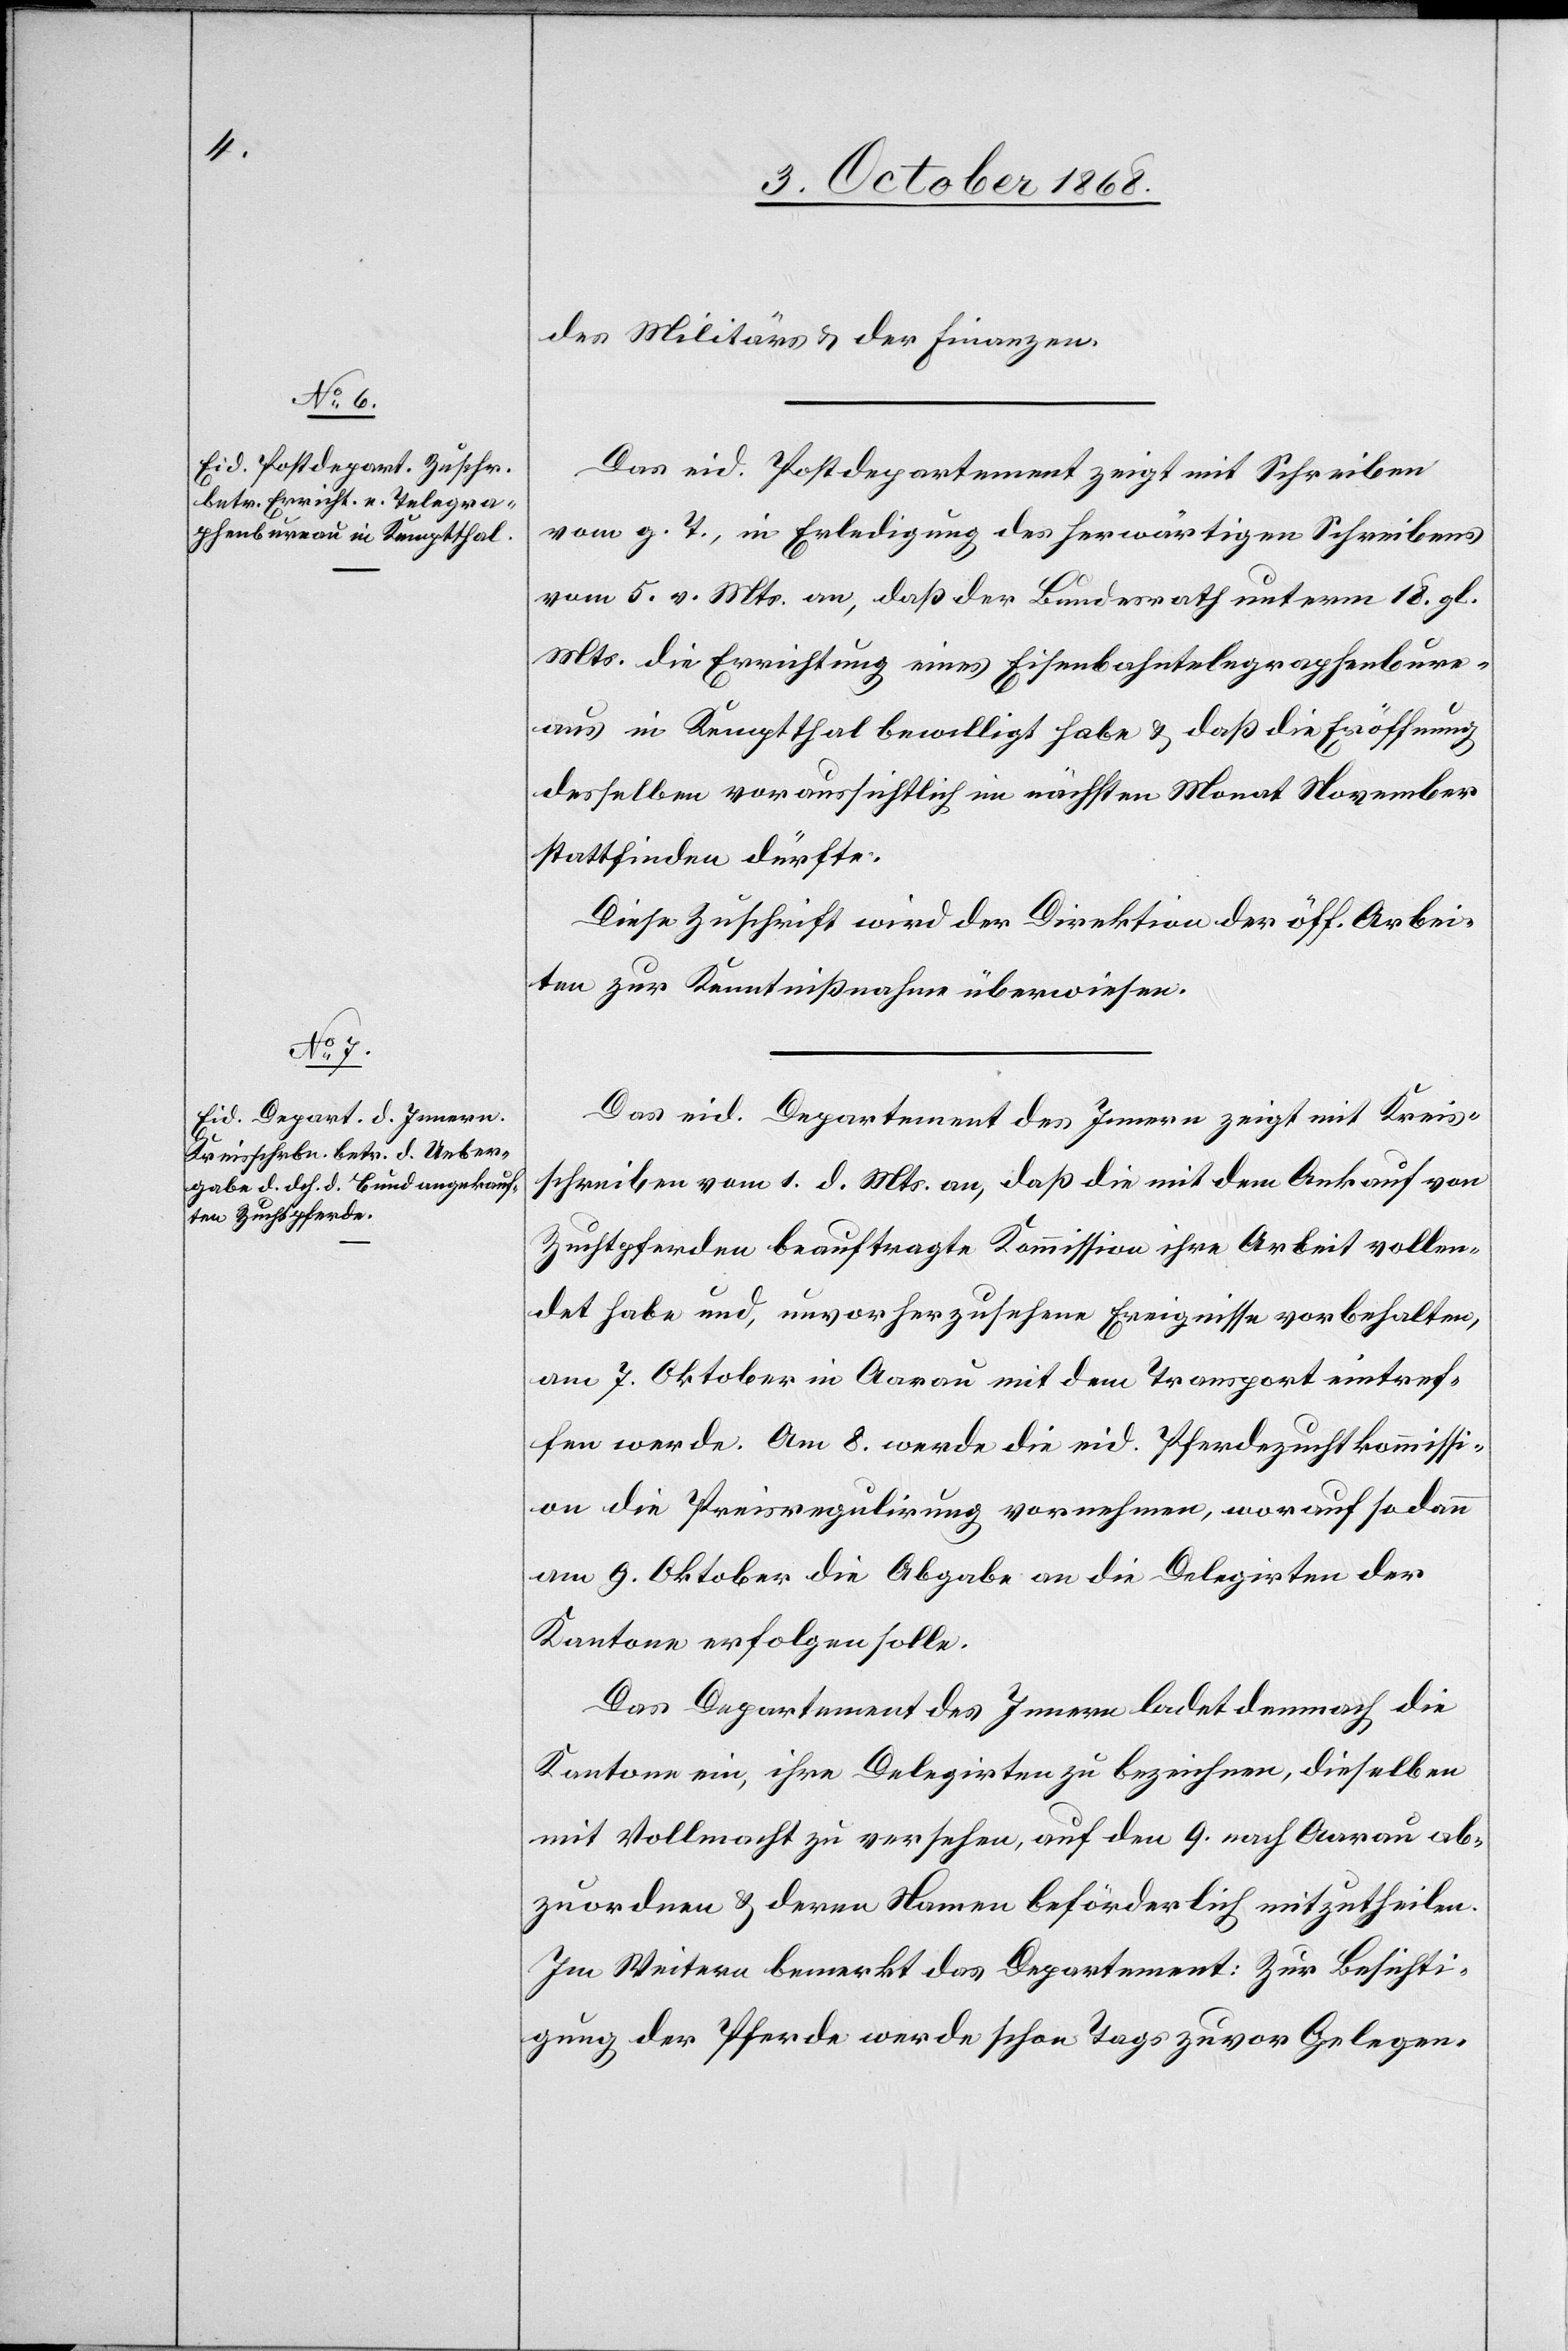
des Militärs & der Finanzen.
Das eid. Postdepartement zeigt mit Schreiben
vom g. T., in Erledigung des herwärtigen Schreibens
vom 5. v. Mts. an, daß der Bundesrath unterm 18. gl.
Mts. die Errichtung eines Eisenbahntelegraphenbure¬
aus in Kemptthal bewilligt habe & daß die Eröffnung
desselben voraussichtlich im nächsten Monat November
stattfinden dürfte.
Diese Zuschrift wird der Direktion der öff. Arbei¬
ten zur Kenntnißnahme überwiesen.
Das eid. Departement des Innern zeigt mit Kreis¬
schreiben vom 1. d. Mts. an, daß die mit dem Ankauf von
Zuchtpferden beauftragte Kommission ihre Arbeit vollen¬
det habe und, unvorherzusehen[d]e Ereignisse vorbehalten,
am 7. Oktober in Aarau mit dem Transport eintref¬
fen werde. Am 8. werde die eid. Pferdezuchtkommissi¬
on die Preisregulirung vornehmen, worauf sodann
am 9. Oktober die Abgabe an die Delegirten der
Kantone erfolgen solle.
Das Departement des Innern ladet demnach die
Kantone ein, ihre Delegirten zu bezeichnen, dieselben
mit Vollmacht zu versehen, auf den 9. nach Aarau ab¬
zuordnen & deren Namen beförderlich mitzutheilen.
Im Weitern bemerkt das Departement: Zur Besichti¬
gung der Pferde werde schon Tags zuvor Gelegen-